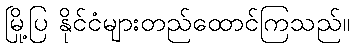
မြို့ပြ နိုင်ငံများတည်ထောင်ကြသည်။